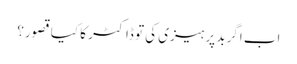
اب اگر بد پرہیزی کی تو ڈاکٹر کا کیا قصور؟